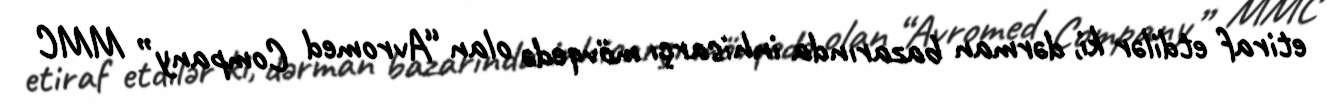
etiraf etdilər ki, dərman bazarında inhisarçı mövqedə olan “Avromed Company” MMC